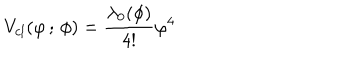
LaTeX: V _ { c l } ( \varphi \, ; \, \phi ) = \frac { \lambda _ { 0 } ( \phi ) } { 4 ! } \varphi ^ { 4 }